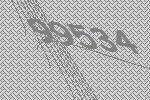
99534